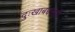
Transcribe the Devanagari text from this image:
दुःखाबद्दलही